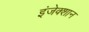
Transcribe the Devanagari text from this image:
इंजेक्शान